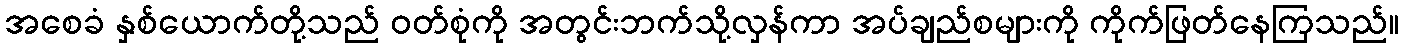
အစေခံ နှစ်ယောက်တို့သည် ဝတ်စုံကို အတွင်းဘက်သို့လှန်ကာ အပ်ချည်စများကို ကိုက်ဖြတ်နေကြသည်။